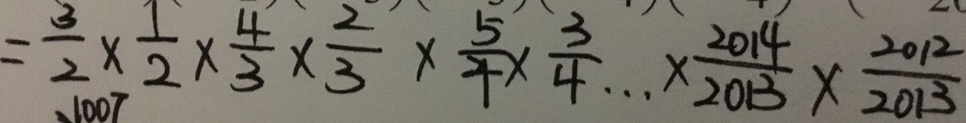
= \frac { 3 } { 2 } \times \frac { 1 } { 2 } \times \frac { 4 } { 3 } \times \frac { 2 } { 3 } \times \frac { 5 } { 4 } \times \frac { 3 } { 4 } \cdots \times \frac { 2 0 1 4 } { 2 0 1 3 } \times \frac { 2 0 1 2 } { 2 0 1 3 }